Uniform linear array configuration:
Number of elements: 16
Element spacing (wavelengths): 0.25
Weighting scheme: binomial
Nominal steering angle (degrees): -30
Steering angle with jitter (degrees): -28.969
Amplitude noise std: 0.05
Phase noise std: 0.05

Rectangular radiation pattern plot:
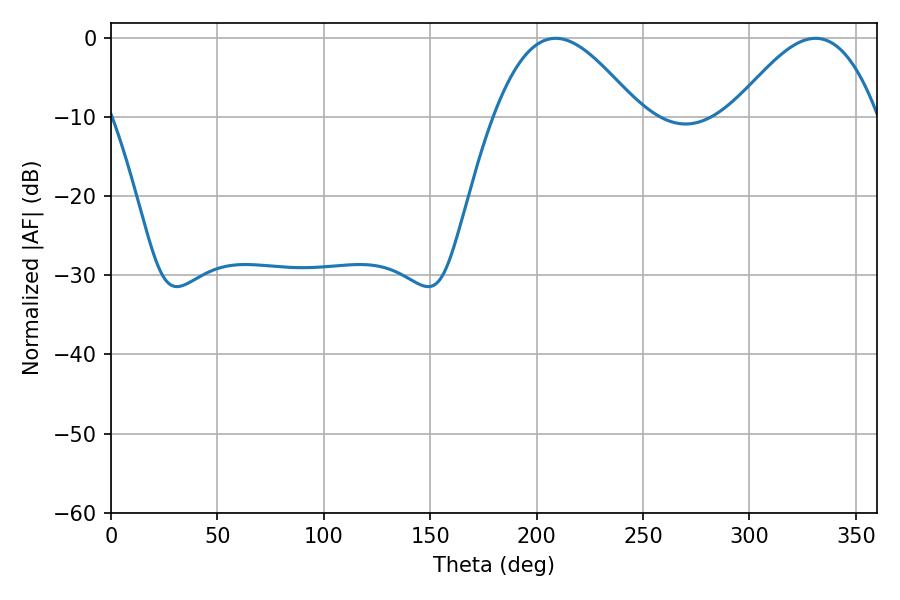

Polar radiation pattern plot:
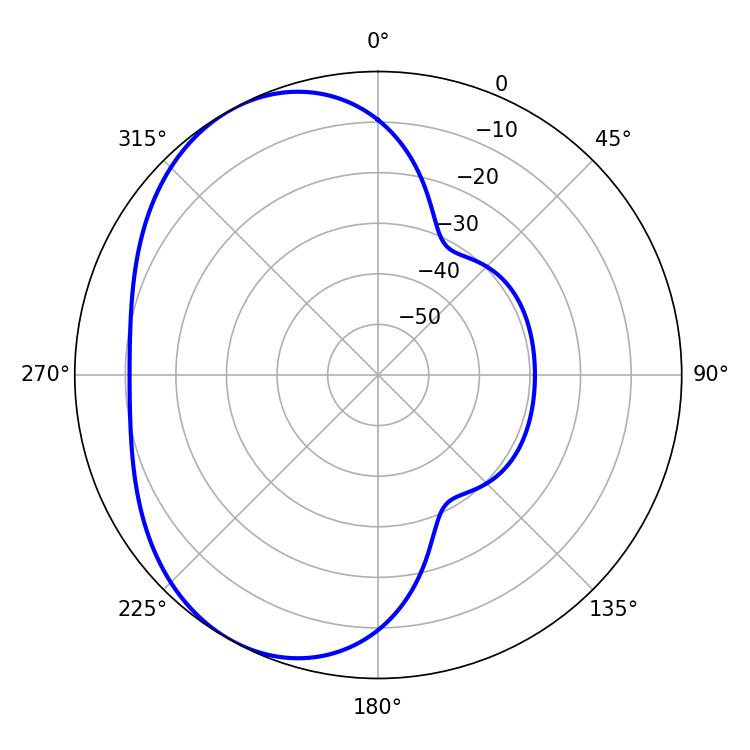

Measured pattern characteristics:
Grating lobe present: FALSE
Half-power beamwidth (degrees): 36.9
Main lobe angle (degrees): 208.98